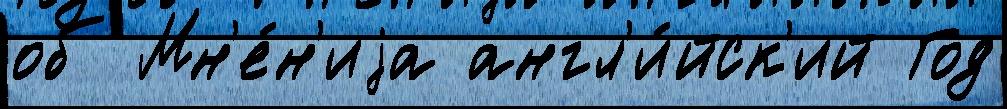
об Мн'е́н'иjа англ'и́йск'ий Год